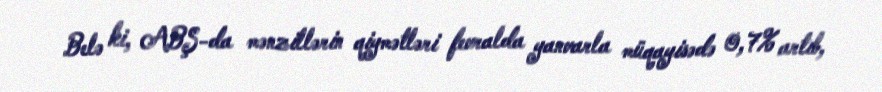
Belə ki, ABŞ-da mənzillərin qiymətləri fevralda yanvarla müqayisədə 0,7% artıb,